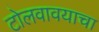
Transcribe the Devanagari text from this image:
टोलवावयाचा